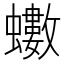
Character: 𮕍